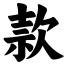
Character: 款